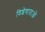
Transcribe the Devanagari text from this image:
विशेषाताओं